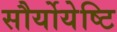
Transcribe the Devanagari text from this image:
सौर्योयेष्टि